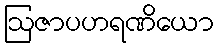
ဩဇာပဟရဏိယော